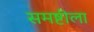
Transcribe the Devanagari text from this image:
समष्टीला